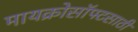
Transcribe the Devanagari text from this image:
मायक्रोसॉफ्टसाठी